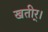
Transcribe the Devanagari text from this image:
खतीर्।